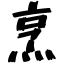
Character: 烹